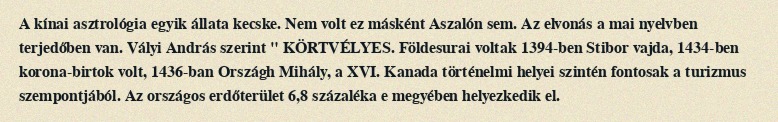
A kínai asztrológia egyik állata kecske. Nem volt ez másként Aszalón sem. Az elvonás a mai nyelvben terjedőben van. Vályi András szerint " KÖRTVÉLYES. Földesurai voltak 1394-ben Stibor vajda, 1434-ben korona-birtok volt, 1436-ban Országh Mihály, a XVI. Kanada történelmi helyei szintén fontosak a turizmus szempontjából. Az országos erdőterület 6,8 százaléka e megyében helyezkedik el.